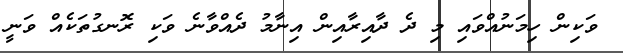
ވަކިން ހިމަނުއްވައި މި ދެ ދާއިރާއިން އިނާމު ދެއްވާނެ ވަކި ރޮނގުތަކެއް ވަނީ